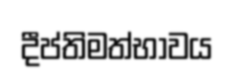
දීප්තිමත්භාවය